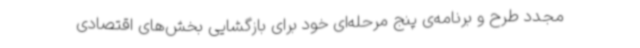
مجدد طرح و برنامه‌ی پنج مرحله‌ای خود برای بازگشایی بخش‌های اقتصادی